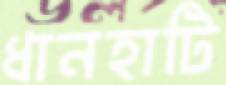
ধানহাটি